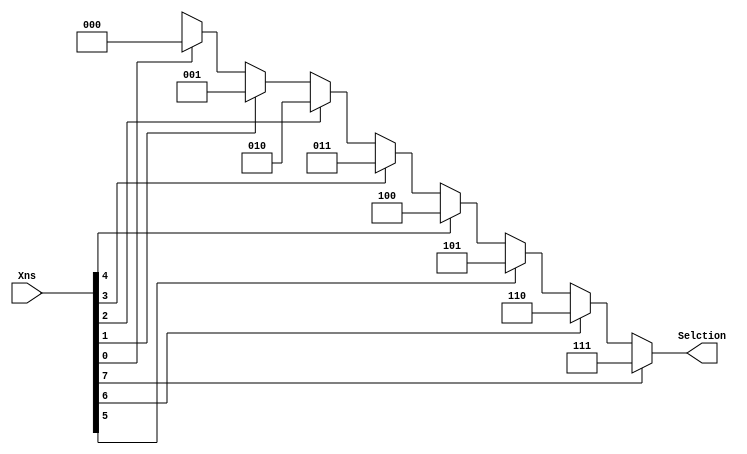
module Encoder8_3(Selction, Xns);

   input [7:0] Xns;
   output [2:0] Selction;

   assign Selction =
      (Xns[7] == 1'b1) ? 3'b111:
      (Xns[6] == 1'b1) ? 3'b110:
      (Xns[5] == 1'b1) ? 3'b101:
      (Xns[4] == 1'b1) ? 3'b100:
      (Xns[3] == 1'b1) ? 3'b011:
      (Xns[2] == 1'b1) ? 3'b010:
      (Xns[1] == 1'b1) ? 3'b001:
      (Xns[0] == 1'b1) ? 3'b000: 3'bxxx;

endmodule